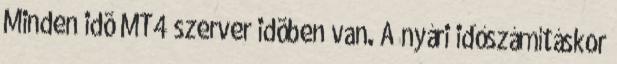
Minden idõ MT4 szerver idõben van. A nyári időszámításkor